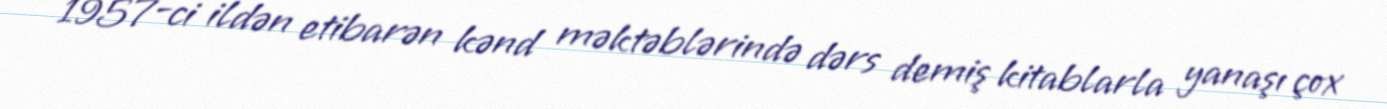
1957-ci ildən etibarən kənd məktəblərində dərs demiş kitablarla yanaşı çox